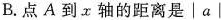
B.点A到x轴的距离是│a│